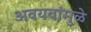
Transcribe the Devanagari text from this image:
अवयवांमुळे